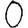
Digit: 0